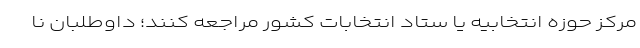
مرکز حوزه انتخابیه یا ستاد انتخابات کشور مراجعه کنند؛ داوطلبان نا